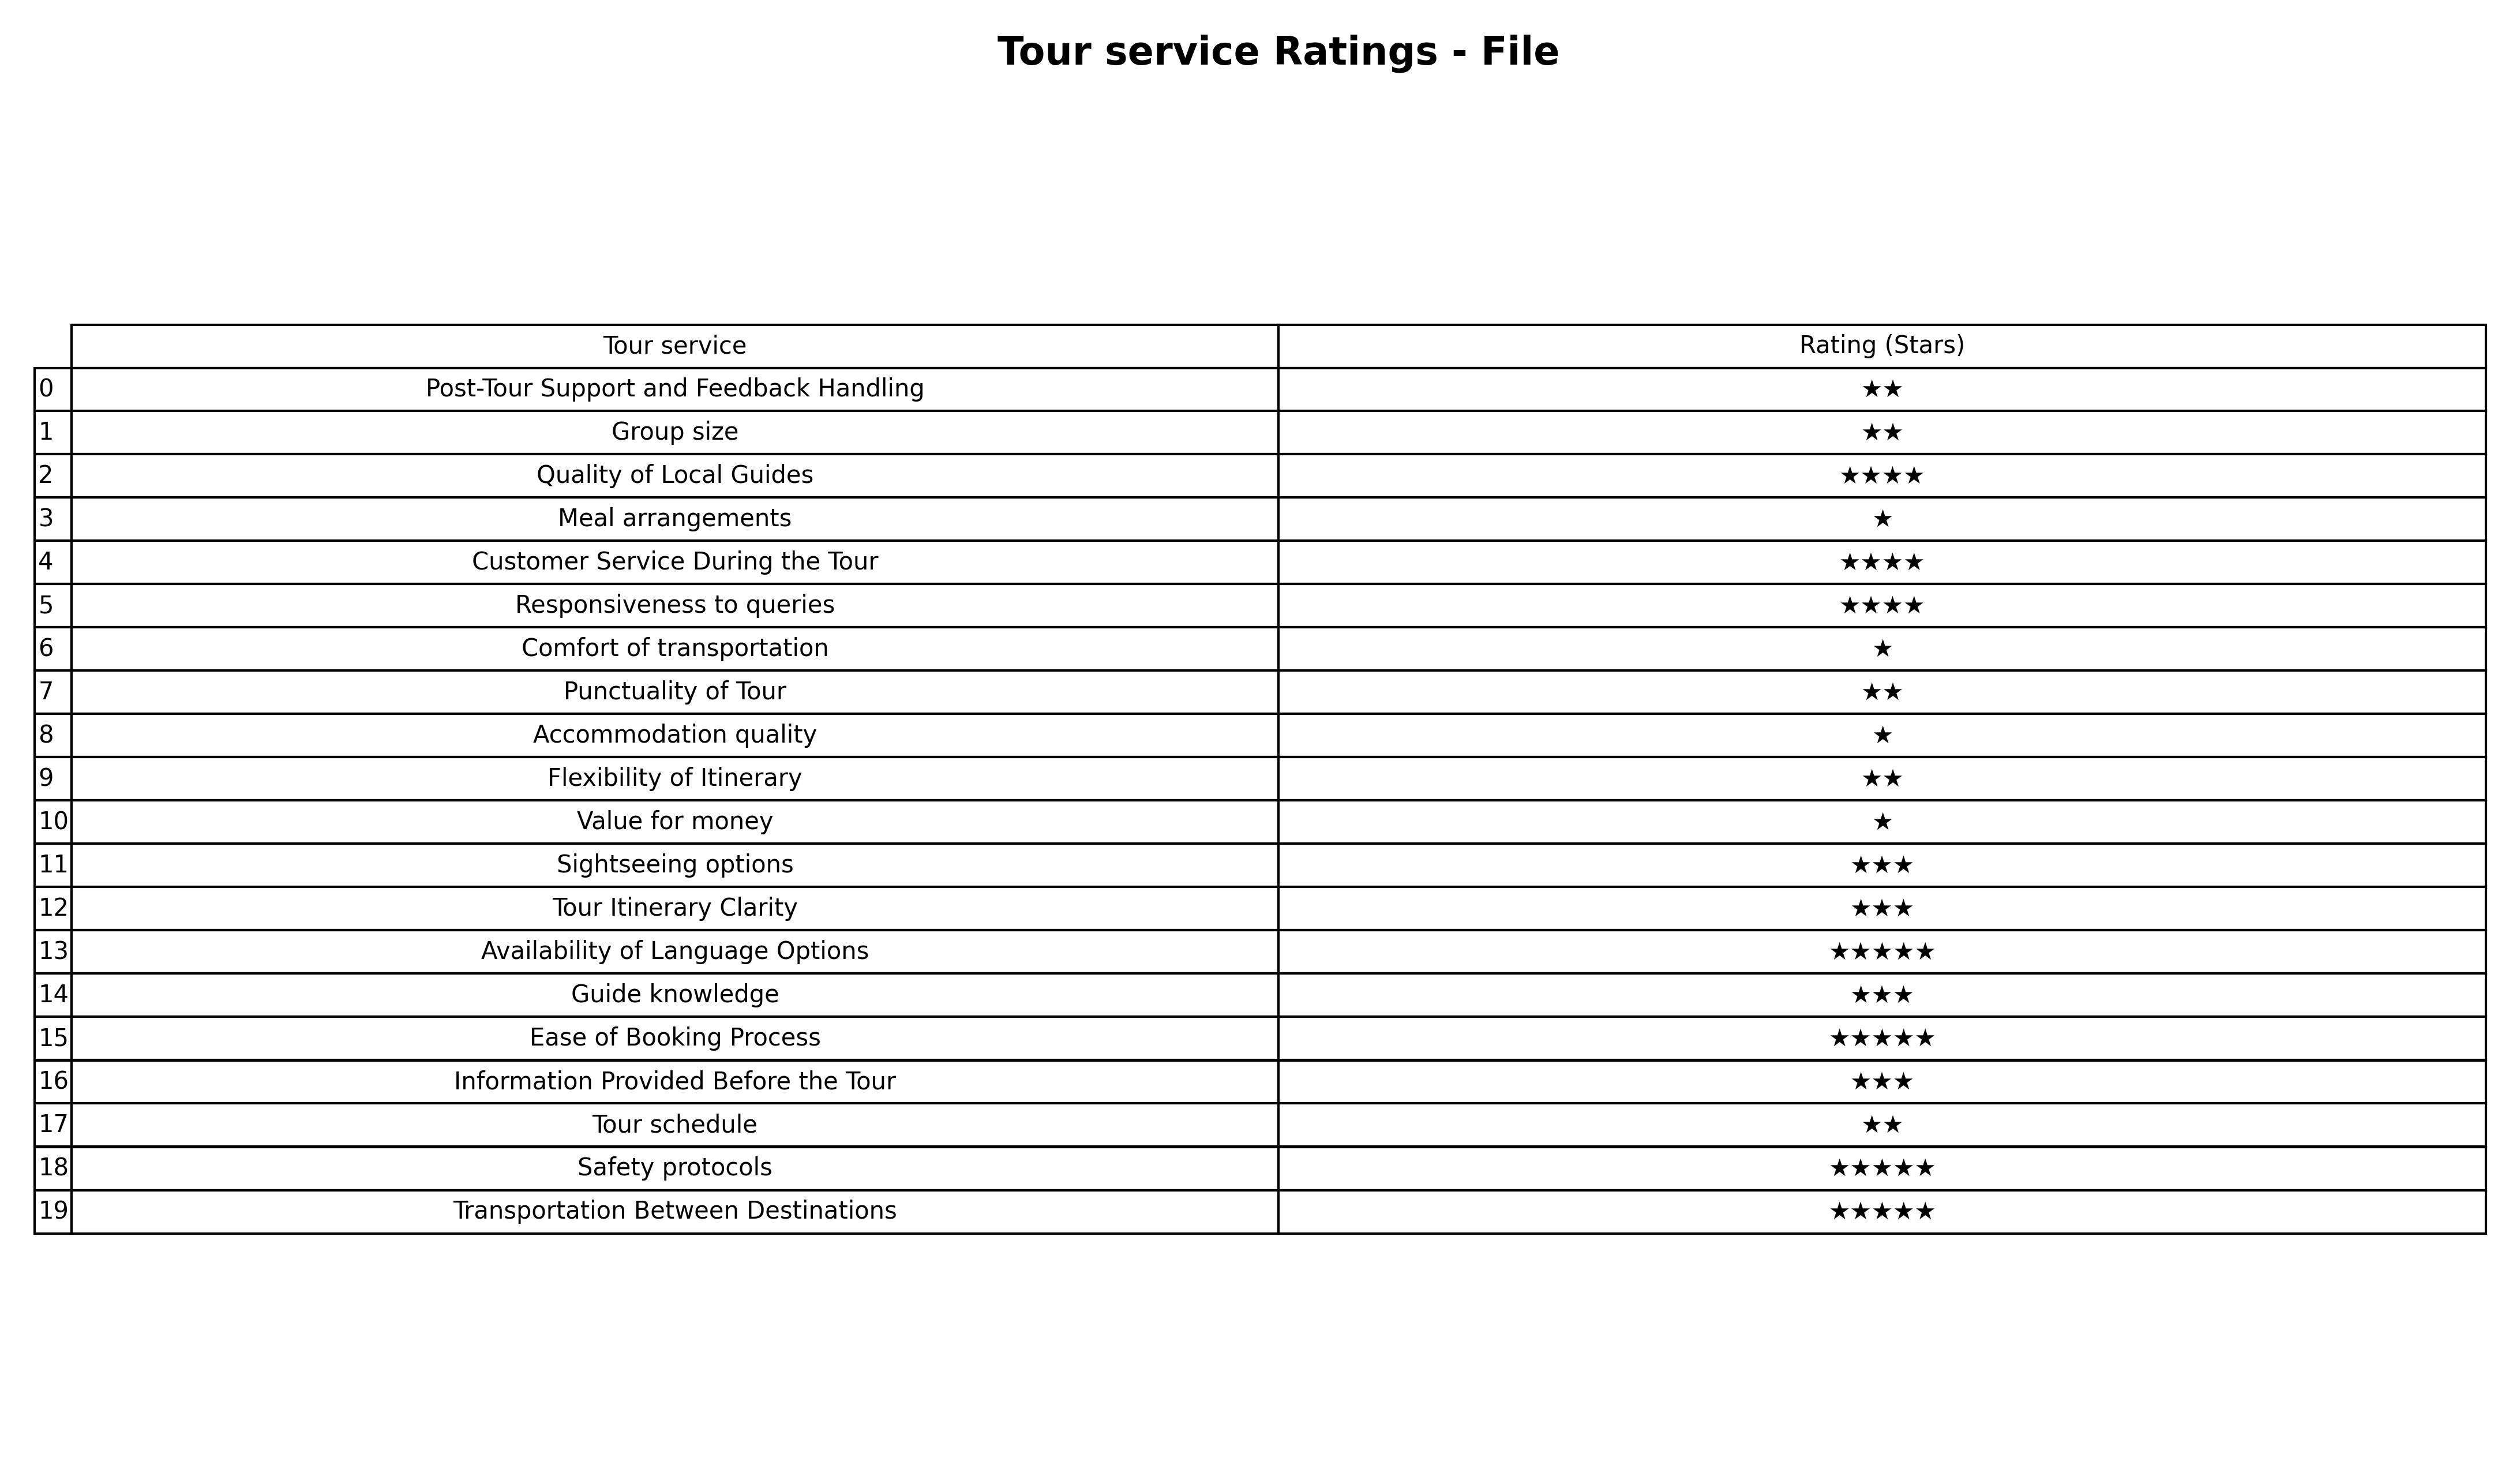
question: What are two star services?
answer: Post-Tour Support and Feedback HandlingGroup sizePunctuality of TourFlexibility of ItineraryTour schedule